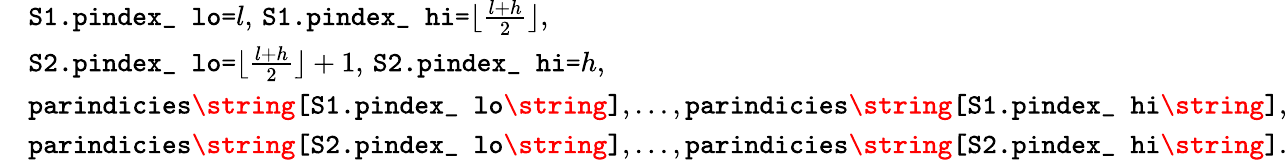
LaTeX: \begin{array}{rl}&{\texttt{S1.pindex\_ lo=}l,\, \texttt{S1.pindex\_ hi=}\lfloor\frac{l+h}{2}\rfloor,}\\ &{\texttt{S2.pindex\_ lo=}\lfloor\frac{l+h}{2}\rfloor+1,\, \texttt{S2.pindex\_ hi=}h,}\\ &{\texttt{parindicies\string[S1.pindex\_ lo\string]},\ldots,\texttt{parindicies\string[S1.pindex\_ hi\string]},}\\ &{\texttt{parindicies\string[S2.pindex\_ lo\string]},\ldots,\texttt{parindicies\string[S2.pindex\_ hi\string]}.}\end{array}